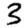
Digit: 3